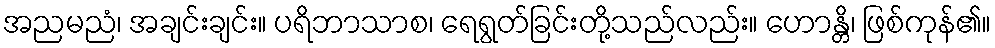
အညမညံ၊ အချင်းချင်း။ ပရိဘာသာစ၊ ရေရွတ်ခြင်းတို့သည်လည်း။ ဟောန္တိ၊ ဖြစ်ကုန်၏။